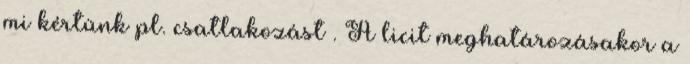
mi kértünk pl. csatlakozást . A licit meghatározásakor a